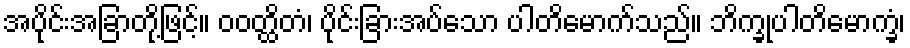
အပိုင်းအခြာတို့ဖြင့်။ ဝဝတ္ထိတံ၊ ပိုင်းခြားအပ်သော ပါတိမောက်သည်။ ဘိက္ခုပါတိမောက္ခံ၊